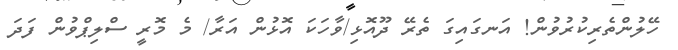
ހޭލުންތެރިކުރުވުން! އަނގައިގަ ތެރޭ ދޫއޮޅި/ވާހަކަ އޮޅުން އަރާ/ މެ މޮރީ ސްލިޕްވުން ފަދަ